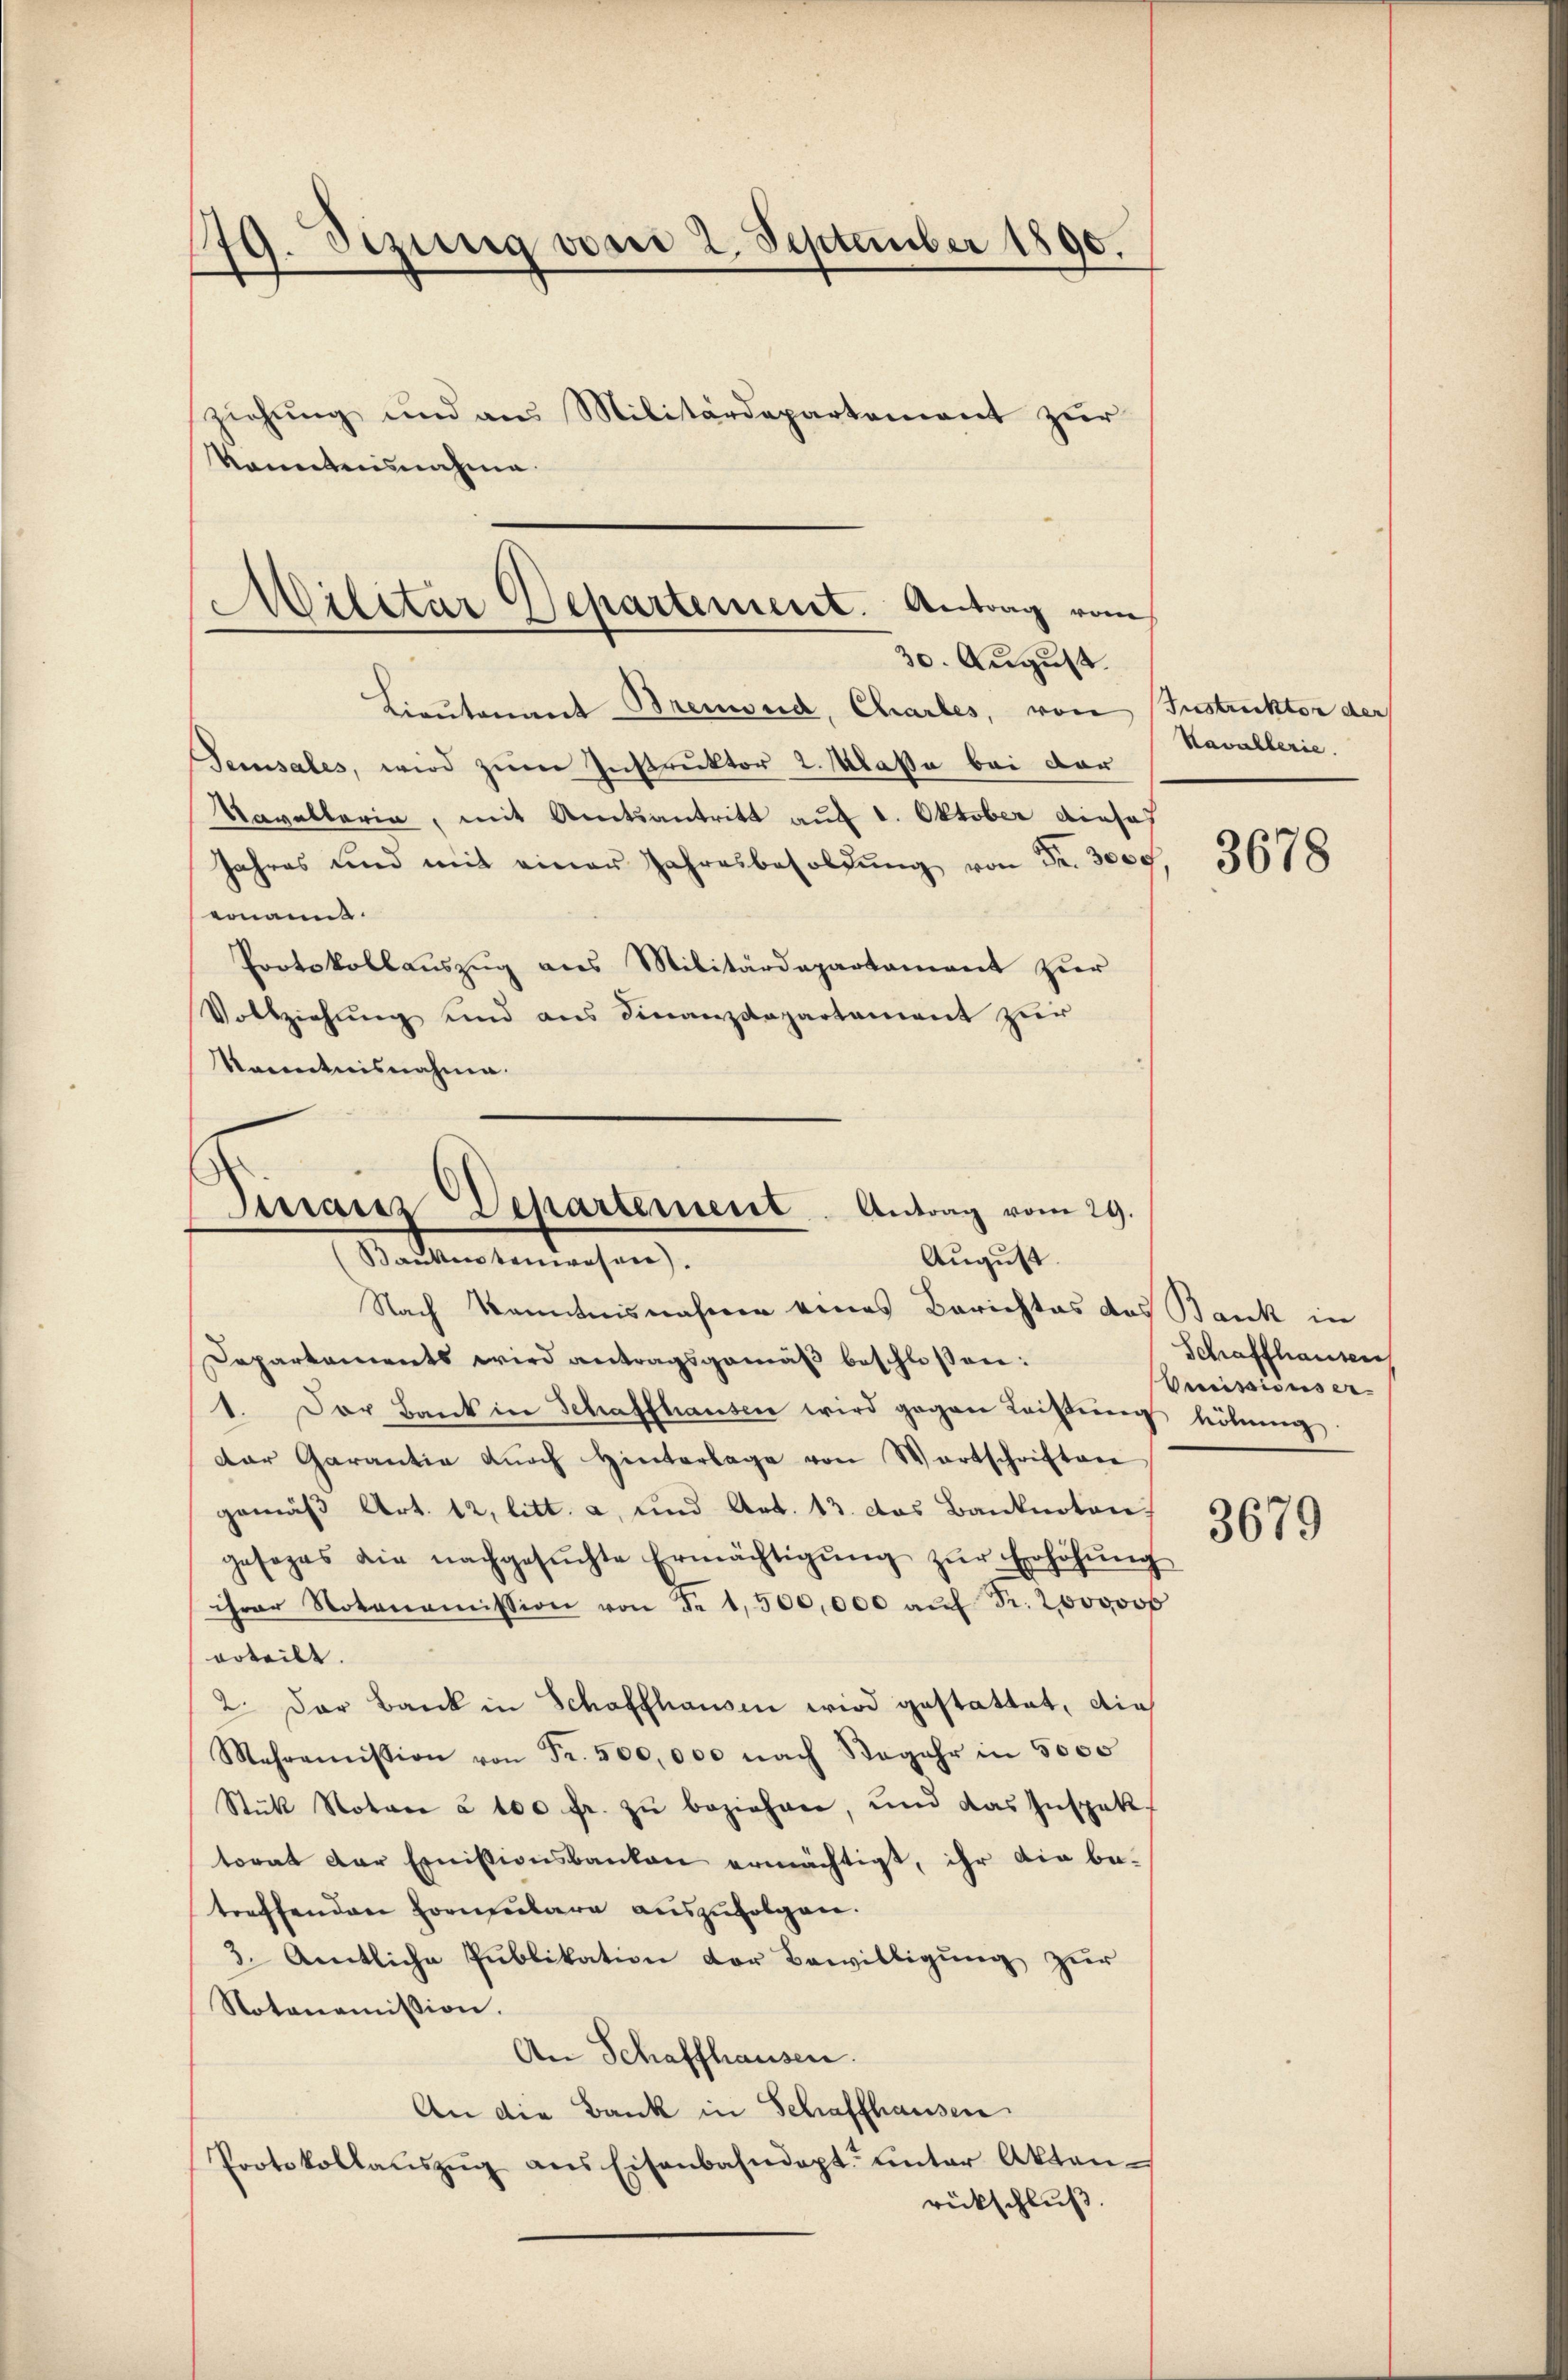
49. Sezung vom 2. September 1890.
.
ziehung und aus Militärdepartement zur
Kometensnahme.

Militar Departement. Antrag vom
30. August.

Lieutenant Bremond, Chartes, von Instruktor der
Sensales, wird zum Instruktor 2. Maße bei dar
Kavallerin, mit Amtsantritt auf 1. Oktober dieses
Jahres und mit einer Jahresbesoldŭng von Fr. 3000
enann
Protokollauszug aus Militärdepartament zur
Vollziehung und aus Finanzdepartement zur
kanntnisnahme.

Finanz Departement. Antrag vom 29.
(Bautentenrosen).
August.

Nach Kenntnisnahmen eines Berichtes das Bank in
Departaments wird antragsgemäß beschlossen:
1. Der Bank in Schaffhausen wird gegen Leistŭng höhŭng
dar Garantia dŭrch Hinterlage von Wortschriften
gemäß Art. 12, litt. a, und Art. 13. das Banknoton,
gesages die nachgesŭchte Ermächtigŭng zŭr Erhöhŭng
ihrer Notonomission von de 1,500,000 aŭf Fr. 2000000
erteilt.
2. Der Bank in Schaffhausen wird gestattet, die
Mehraṁission von Fr. 500,000 nach Segahr in 5000
Stück Notare à 100 fr. zu beziehen, und das Inspek
torat der Emissionsbanken ermächtigt, ihr die be-
treffenden Hornenbare auszufolgen.
3. Amtliche Publikation der Bewilligung zur
Notonomission.
An Schaffhausen.
An die Bank in Schaffhausen.
Protokollaŭszŭg ans Eisenbahndept ŭnter Akten-
rückschluß

Kavallerie.

3678

Schaffhausen
Dreissions er-

3679